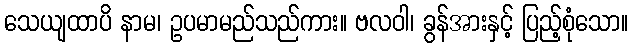
သေယျထာပိ နာမ၊ ဥပမာမည်သည်ကား။ ဗလဝါ၊ ခွန်အားနှင့် ပြည့်စုံသော။